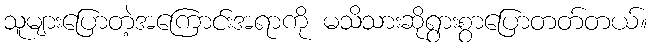
သူများပြောတဲ့အကြောင်းအရာကို မသိသားဆိုရွားစွာပြောတတ်တယ်။